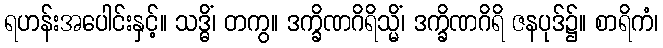
ရဟန်းအပေါင်းနှင့်။ သဒ္ဓိံ၊ တကွ။ ဒက္ခိဏဂိရိသ္မိံ၊ ဒက္ခိဏဂိရိ ဇနပုဒ်၌။ စာရိကံ၊